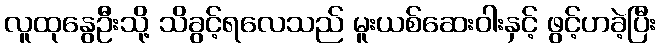
လူထုနွေဦးသို့ သိခွင့်ရလေသည် မူးယစ်ဆေးဝါးနှင့် ဖွင့်ဟခဲ့ပြီး